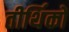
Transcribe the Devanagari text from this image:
तीर्थिकों